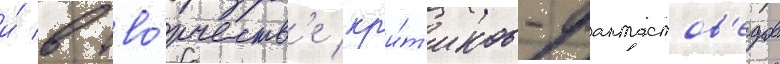
и́ в тво́рчеств'е кр'и́т'иков-фантастов'едов